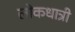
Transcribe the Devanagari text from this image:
लोकधात्री